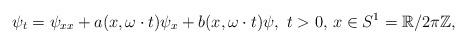
LaTeX: \begin{align*}\psi_t=\psi_{xx}+a(x,\omega\cdot t)\psi_x+b(x,\omega\cdot t)\psi,\,\,t>0,\,x\in S^{1}=\mathbb{R}/2\pi \mathbb{Z},\end{align*}